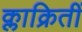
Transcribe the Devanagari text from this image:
क्लाक्रितीं